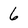
Character: 6